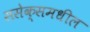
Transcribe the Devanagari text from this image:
ससेक्समधील